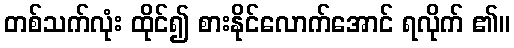
တစ်သက်လုံး ထိုင်၍ စားနိုင်လောက်အောင် ရလိုက် ၏။